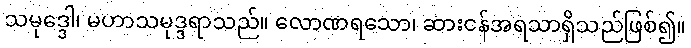
သမုဒ္ဒေါ၊ မဟာသမုဒ္ဒရာသည်။ လောဏရသော၊ ဆားငန်အရသာရှိသည်ဖြစ်၍။